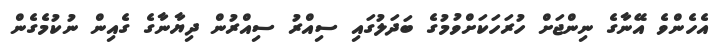
އެހެންވެ އޭނާގެ ނިންޖަށް ހުރަހަކަށްވުމުގެ ބަދަލުގައި ސިއްރު ސިއްރުން ދިޔާނާގެ ގެއިން ނުކުމެގެން